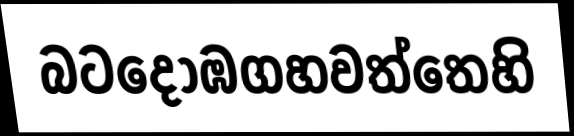
බටදොඹගහවත්තෙහි